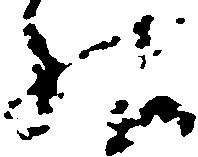
様